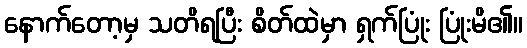
နောက်တော့မှ သတိရပြီး စိတ်ထဲမှာ ရှက်ပြုံး ပြုံးမိ၏။